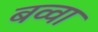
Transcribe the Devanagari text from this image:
बव्वा